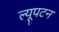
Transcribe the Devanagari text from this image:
ल्यूपटन